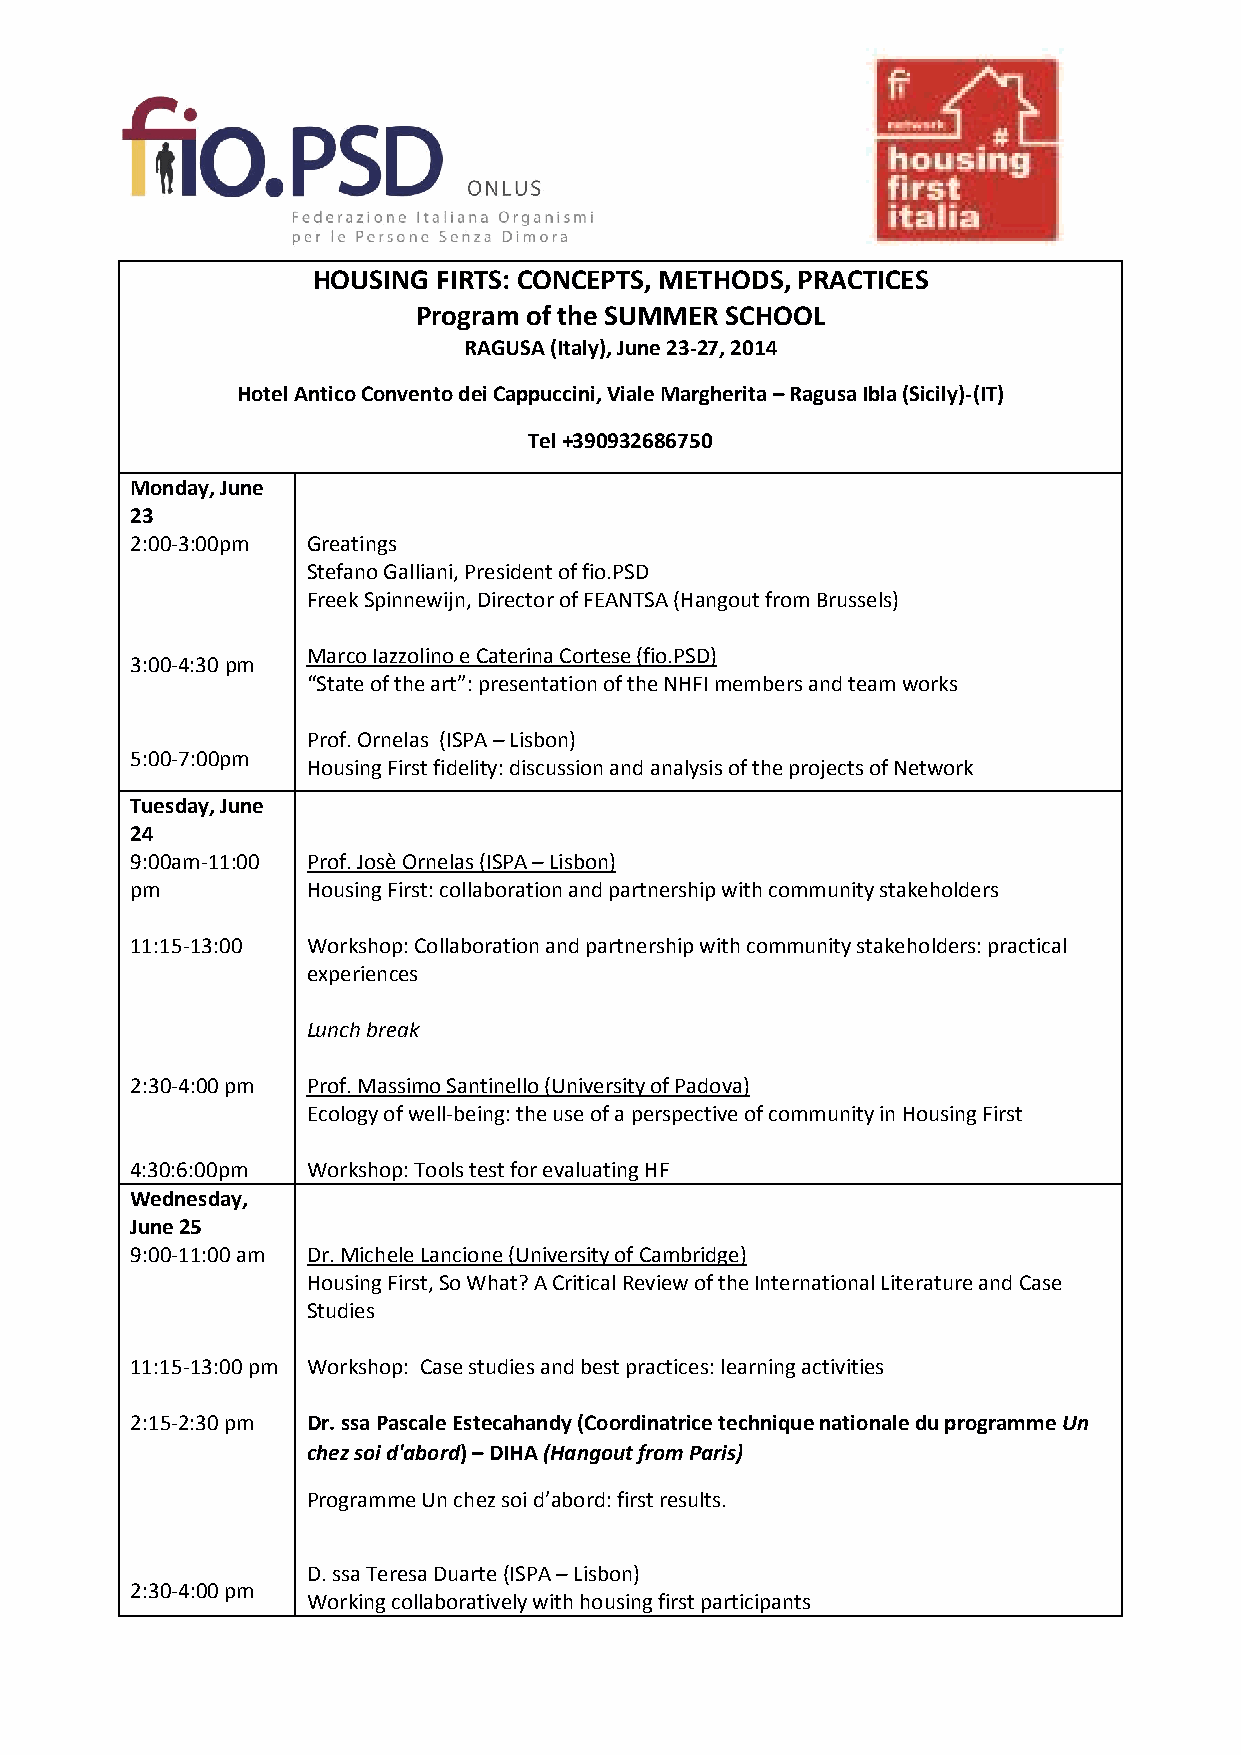
HOUSING FIRTS: CONCEPTS, METHODS, PRACTICES
 Program of the SUMMER SCHOOL
 RAGUSA (Italy), June 23-27, 2014
 Hotel Antico Convento dei Cappuccini, Viale Margherita – Ragusa Ibla (Sicily)-(IT)
 Tel +390932686750
 Monday, June
 23
 2:00-3:00pm Greatings
 Stefano Galliani, President of fio.PSD
 Freek Spinnewijn, Director of FEANTSA (Hangout from Brussels)
 Marco Iazzolino e Caterina Cortese (fio.PSD)
 3:00-4:30 pm
 “State of the art”: presentation of the NHFI members and team works
 Prof. Ornelas (ISPA – Lisbon)
 5:00-7:00pm
 Housing First fidelity: discussion and analysis of the projects of Network
 Tuesday, June
 24
 9:00am-11:00 Prof. Josè Ornelas (ISPA – Lisbon)
 pm         Housing First: collaboration and partnership with community stakeholders
 11:15-13:00 Workshop: Collaboration and partnership with community stakeholders: practical
 experiences
 Lunch break
 2:30-4:00 pm Prof. Massimo Santinello (University of Padova)
 Ecology of well-being: the use of a perspective of community in Housing First
 4:30:6:00pm Workshop: Tools test for evaluating HF
 Wednesday,
 June 25
 9:00-11:00 am Dr. Michele Lancione (University of Cambridge)
 Housing First, So What? A Critical Review of the International Literature and Case
 Studies
 11:15-13:00 pm Workshop: Case studies and best practices: learning activities
 2:15-2:30 pm Dr. ssa Pascale Estecahandy (Coordinatrice technique nationale du programme Un
 chez soi d'abord) – DIHA (Hangout from Paris)
 Programme Un chez soi d’abord: first results.
 D. ssa Teresa Duarte (ISPA – Lisbon)
 2:30-4:00 pm
 Working collaboratively with housing first participants